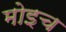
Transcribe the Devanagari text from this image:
मोइच